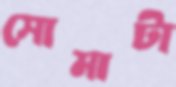
সোমাটা